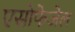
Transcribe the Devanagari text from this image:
एसोफेजेल